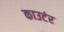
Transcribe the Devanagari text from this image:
काउटंर